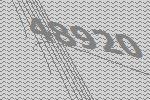
48920